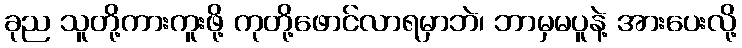
ခုည သူတို့ကားကူးဖို့ ကုတို့ဖောင်လာရမှာဘဲ၊ ဘာမှမပူနဲ့ အားပေးလို့